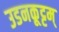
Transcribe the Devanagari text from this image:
उडनकूट्टम्